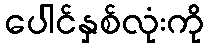
ပေါင်နှစ်လုံးကို